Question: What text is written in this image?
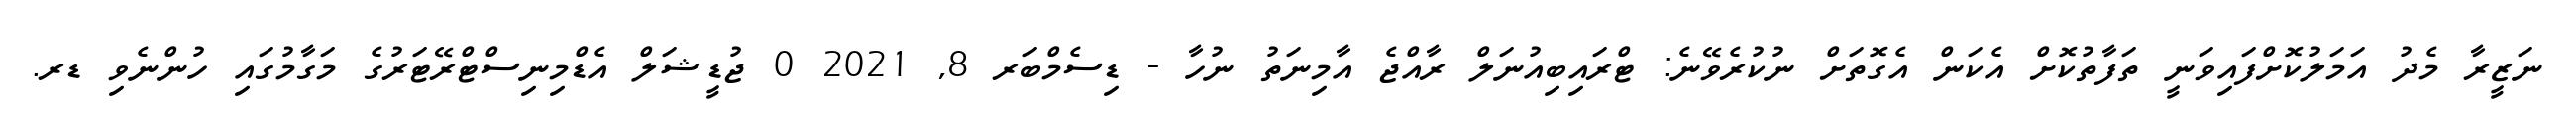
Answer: ނަޒީރާ މެދު އަމަލުކޮށްފައިވަނީ ތަފާތުކޮށް އެކަން އެގޮތަށް ނުކުރެވޭނެ: ޓްރައިބިއުނަލް ރާއްޖެ އާމިނަތު ނުހާ - ޑިސެމްބަރ 8, 2021 0 ޖުޑީޝަލް އެޑްމިނިސްޓްރޭޓަރުގެ މަގާމުގައި ހުންނެވި ޑރ.